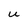
Character: u